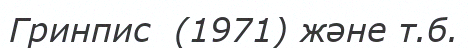
Гринпис  (1971) және т.б.